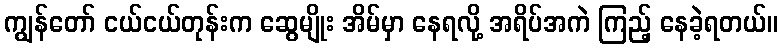
ကျွန်တော် ငယ်ငယ်တုန်းက ဆွေမျိုး အိမ်မှာ နေရလို့ အရိပ်အကဲ ကြည့် နေခဲ့ရတယ်။